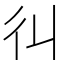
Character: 𢒾